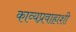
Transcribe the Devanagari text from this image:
काव्यप्रवाहाशी